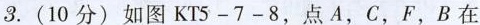
3.(10分) 如图KT5-7-8，点A，C，F，B在